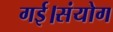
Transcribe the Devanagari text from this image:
गई।संयोग